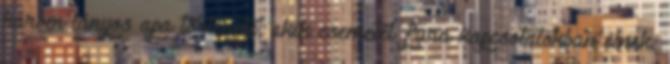
három lányos apa története, akik csemetéi fura kapcsolatokban élnek.